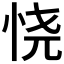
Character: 𢙒